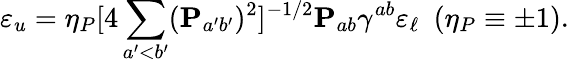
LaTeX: \varepsilon_{u}=\eta_{P}[4\sum_{a^{\prime}<b^{\prime}}({\mathbf P}_{a^{\prime}b^{\prime}})^{2}]^{-1/2}{\mathbf P}_{ab}\gamma^{ab}\varepsilon_{\ell}\ \ (\eta_{P}\equiv\pm 1).